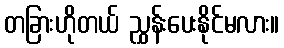
တခြားဟိုတယ် ညွှန်းပေးနိုင်မလား။